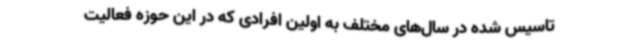
تاسیس شده در سال‌های مختلف به اولین افرادی که در این حوزه فعالیت